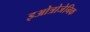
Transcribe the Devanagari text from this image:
इओत्रोजेनिक